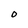
Character: O